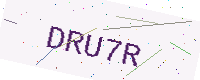
Text: DRU7R